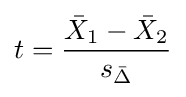
t={\frac {{\bar {X}}_{1}-{\bar {X}}_{2}}{s_{\bar {\Delta }}}}